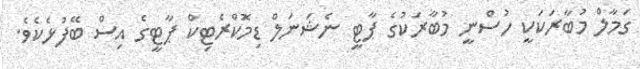
ގަމާލް މުބާރަކަކީ ހުސްނީ މުބާރަކުގެ ޕާޓީ ނެޝަނަލް ޑިމޮޮކްރެޓިކް ޕާޓީގެ އިސް ބޭފުޅެކެވެ.